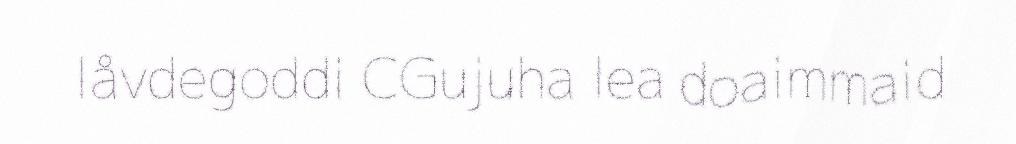
låvdegoddi CGujuha lea doaimmaid